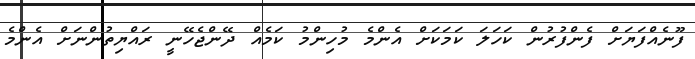
ފޫނެއްފަޔަށް ފެންފުރުން ކަހަލަ ކަމަކަށް އެންމެ މުހިންމު ކަމެއް ދޭންޖެހޭނީ ރައްޔިތުންނަށް އެންމެ